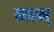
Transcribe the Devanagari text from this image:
कारम्